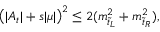
\left( | A _ { t } | + s | \mu | \right) ^ { 2 } \leq 2 ( m _ { \tilde { t } _ { L } } ^ { 2 } + m _ { \tilde { t } _ { R } } ^ { 2 } ) ,